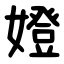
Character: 嬁